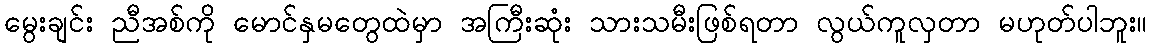
မွေးချင်း ညီအစ်ကို မောင်နှမတွေထဲမှာ အကြီးဆုံး သားသမီးဖြစ်ရတာ လွယ်ကူလှတာ မဟုတ်ပါဘူး။